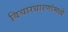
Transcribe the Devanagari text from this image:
विचारधारणांमध्ये